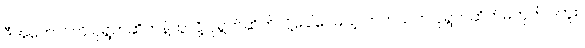
ဒီအကောင်ကို ပုရွက်ဆိတ်နဲ့တူလို့ ပုရွက်ဆိတ်လို့ခေါ်ပေမယ့် တကယ်က ပုရွက်ဆိတ်မဟုတ်ပါဘူး။